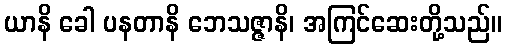
ယာနိ ခေါ ပနတာနိ ဘေသဇ္ဇာနိ၊ အကြင်ဆေးတို့သည်။